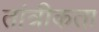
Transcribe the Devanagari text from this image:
तांत्रीकता